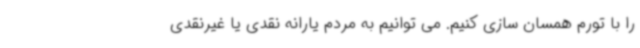
را با تورم همسان سازی کنیم. می توانیم به مردم یارانه نقدی یا غیرنقدی